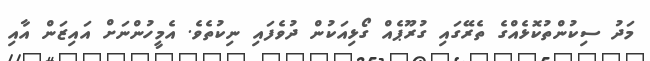
މަދު ސިކުންތުކޮޅެއްގެ ތެރޭގައި ގުރޫޕެއް ގޯޅިއަކުން ދުވެފައި ނިކުތެވެ. އެމީހުންނަށް އައިޒަން އާއި